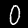
Label: 0